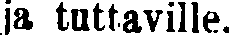
ja tuttaville.